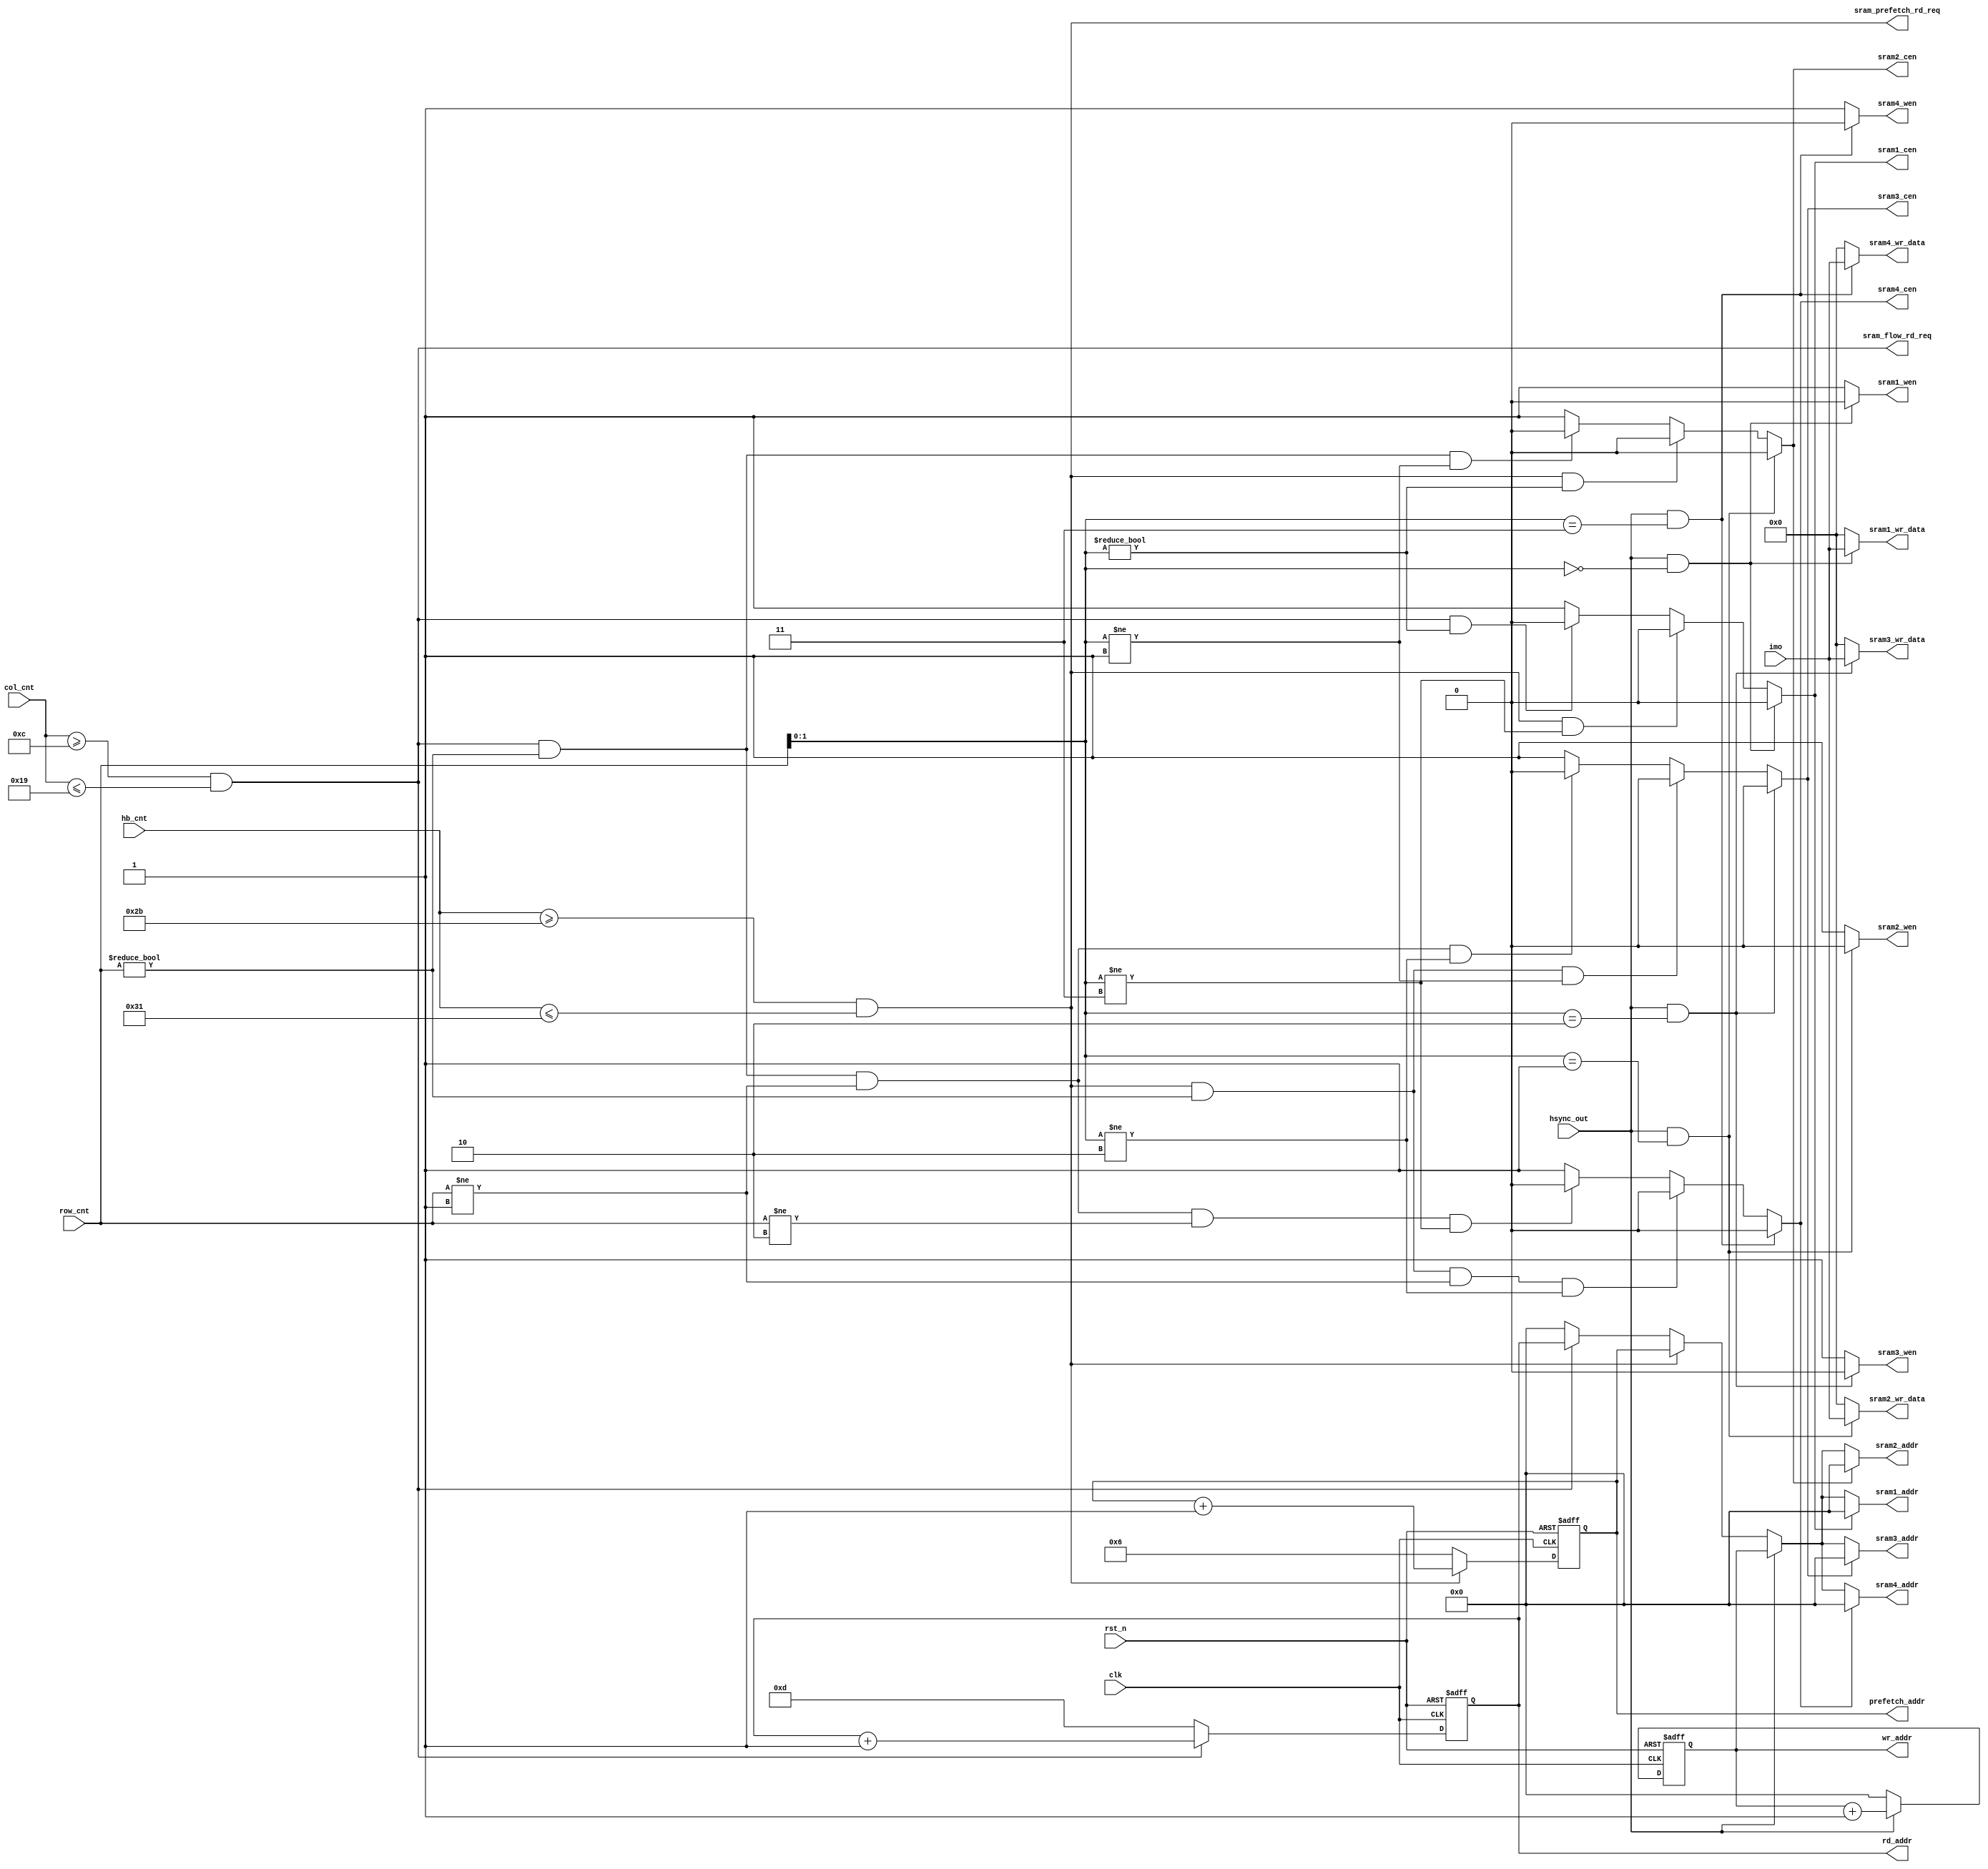
module sram_ctrl #(
    parameter DW_IN         = 10,
    parameter HB            = 52,
    parameter WIN_W         = 26,    
    parameter ROW_CNT_WIDTH = 4 ,
    parameter COL_CNT_WIDTH = 5 ,
    parameter HB_CNT_WIDTH  = 6 
)(
    input                          clk                 ,
    input                          rst_n               ,
    input      [ROW_CNT_WIDTH-1:0] row_cnt             ,
    input      [COL_CNT_WIDTH-1:0] col_cnt             ,
    input      [HB_CNT_WIDTH-1 :0] hb_cnt              ,
    input                          hsync_out           ,
    input      [DW_IN*4-1      :0] imo                 ,

    output reg                     sram1_cen           ,
    output reg                     sram1_wen           ,
    output reg [11             :0] sram1_addr          ,
    output reg                     sram2_cen           ,
    output reg                     sram2_wen           ,
    output reg [11             :0] sram2_addr          ,
    output reg                     sram3_cen           ,
    output reg                     sram3_wen           ,
    output reg [11             :0] sram3_addr          ,    
    output reg                     sram4_cen           ,
    output reg                     sram4_wen           ,  
    output reg [11             :0] sram4_addr          ,    
    output reg [DW_IN*4-1      :0] sram1_wr_data       ,
    output reg [DW_IN*4-1      :0] sram2_wr_data       ,
    output reg [DW_IN*4-1      :0] sram3_wr_data       ,
    output reg [DW_IN*4-1      :0] sram4_wr_data       ,
    output                         sram_prefetch_rd_req,
    output                         sram_flow_rd_req    ,
    output reg [11             :0] wr_addr             ,
    output reg [11             :0] prefetch_addr       ,
    output reg [11             :0] rd_addr             
);

assign sram_prefetch_rd_req = (hb_cnt>=HB-9 && hb_cnt<=HB-3);
assign sram_flow_rd_req     = (col_cnt>=5'd12 && col_cnt<=WIN_W-1);

always@(*) begin
if(hsync_out && row_cnt[1:0]==2'b00) //line0 4 8... write
    sram1_cen = 1'b0;
else if(sram_prefetch_rd_req && row_cnt[1:0]!=2'b11) //line3 7... not prefetch
    sram1_cen = 1'b0;
else if(sram_flow_rd_req && row_cnt[1:0]!=2'b00) //line0 4 8... not read
    sram1_cen = 1'b0;
else 
    sram1_cen = 1'b1;
end

always@(*) begin
if(hsync_out && row_cnt[1:0] == 2'b00)
    sram1_wen = 1'b0;
else
    sram1_wen = 1'b1;
end

always@(*) begin
if(hsync_out && row_cnt[1:0]==2'b01) //line1 5 9... write
    sram2_cen = 1'b0;
else if(sram_prefetch_rd_req && row_cnt[1:0]!=2'b00) //line0 4 8... not prefetch
    sram2_cen = 1'b0;
else if(sram_flow_rd_req && row_cnt!=4'd0 && row_cnt[1:0]!=2'b01) //line 0 1 5 9... not read
    sram2_cen = 1'b0;
else 
    sram2_cen = 1'b1;
end

always@(*) begin
if(hsync_out && row_cnt[1:0] == 2'b01)
    sram2_wen = 1'b0;
else
    sram2_wen = 1'b1;
end

always@(*) begin
if(hsync_out && row_cnt[1:0]==2'b10) //line2 6 10... write
    sram3_cen = 1'b0;
else if(sram_prefetch_rd_req && row_cnt!=4'd0 && row_cnt[1:0]!=2'b01) //line0 1 5 9 ... not prefetch
    sram3_cen = 1'b0;
else if(sram_flow_rd_req && row_cnt!=4'd0 && row_cnt!= 4'd1 && row_cnt[1:0]!=2'b10) //line0 1 2 6 10... not read
    sram3_cen = 1'b0;
else 
    sram3_cen = 1'b1;
end

always@(*) begin
if(hsync_out && row_cnt[1:0] == 2'b10)
    sram3_wen = 1'b0;
else
    sram3_wen = 1'b1;
end

always@(*) begin
if(hsync_out && row_cnt[1:0]==2'b11) //line 3 7 11...
    sram4_cen = 1'b0;
else if(sram_prefetch_rd_req && row_cnt!=4'd0 && row_cnt!=4'd1 && row_cnt[1:0]!=2'b10)    
    sram4_cen = 1'b0;
else if(sram_flow_rd_req && row_cnt!=4'd0 && row_cnt!=4'd1 && row_cnt!=4'd2 && row_cnt[1:0]!=2'b11)
    sram4_cen = 1'b0;
else 
    sram4_cen = 1'b1;
end

always@(*) begin
if(hsync_out && row_cnt[1:0]==2'b11)
    sram4_wen = 1'b0;
else
    sram4_wen = 1'b1;
end

always@(*) begin
if(hsync_out && row_cnt[1:0] == 2'b00)
    sram1_wr_data = imo;
else
    sram1_wr_data = {DW_IN*4{1'b0}};    
end

always@(*) begin
if(hsync_out && row_cnt[1:0] == 2'b01)
    sram2_wr_data = imo;
else
    sram2_wr_data = {DW_IN*4{1'b0}};    
end

always@(*) begin
if(hsync_out && row_cnt[1:0] == 2'b10)
    sram3_wr_data = imo;
else
    sram3_wr_data = {DW_IN*4{1'b0}};  
end

always@(*) begin
if(hsync_out && row_cnt[1:0] == 2'b11)
    sram4_wr_data = imo;
else
    sram4_wr_data = {DW_IN*4{1'b0}};  
end

always@(posedge clk or negedge rst_n) begin
if(!rst_n)
    wr_addr <= 12'd0;
else if(hsync_out)
    wr_addr <= wr_addr + 12'd1;
else    
    wr_addr <= 12'd0;
end

always@(posedge clk or negedge rst_n) begin
if(!rst_n)
    prefetch_addr <= 12'd6;
else if(sram_prefetch_rd_req)
    prefetch_addr <= prefetch_addr + 12'd1;
else 
    prefetch_addr <= 12'd6;
end

always@(posedge clk or negedge rst_n) begin
if(!rst_n)
    rd_addr <= 12'd13;
else if(sram_flow_rd_req)
    rd_addr <= rd_addr + 12'd1;
else
    rd_addr <= 12'd13;
end

always@(*) begin
    if(sram1_cen == 1'b0) begin
        if(hsync_out)
            sram1_addr = wr_addr;
        else if(sram_prefetch_rd_req)
            sram1_addr = prefetch_addr;
        else if(sram_flow_rd_req)
            sram1_addr = rd_addr;
        else
            sram1_addr = 12'd0;
    end
    else
        sram1_addr = 12'd0;
end

always@(*) begin
    if(sram2_cen == 1'b0) begin
        if(hsync_out)
            sram2_addr = wr_addr;
        else if(sram_prefetch_rd_req)
            sram2_addr = prefetch_addr;
        else if(sram_flow_rd_req)
            sram2_addr = rd_addr;
        else
            sram2_addr = 12'd0;
    end
    else
        sram2_addr = 12'd0;
end

always@(*) begin
    if(sram3_cen == 1'b0) begin
        if(hsync_out)
            sram3_addr = wr_addr;
        else if(sram_prefetch_rd_req)
            sram3_addr = prefetch_addr;
        else if(sram_flow_rd_req)
            sram3_addr = rd_addr;
        else
            sram3_addr = 12'd0;
    end
    else
        sram3_addr = 12'd0;
end

always@(*) begin
    if(sram4_cen == 1'b0) begin
        if(hsync_out)
            sram4_addr = wr_addr;
        else if(sram_prefetch_rd_req)
            sram4_addr = prefetch_addr;
        else if(sram_flow_rd_req)
            sram4_addr = rd_addr;
        else
            sram4_addr = 12'd0;
    end
    else
        sram4_addr = 12'd0;
end



endmodule